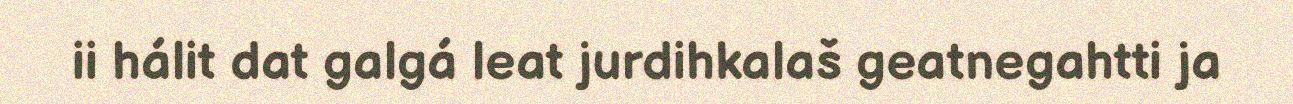
ii hálit dat galgá leat jurdihkalaš geatnegahtti ja